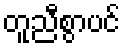
တူညီစွာပင်